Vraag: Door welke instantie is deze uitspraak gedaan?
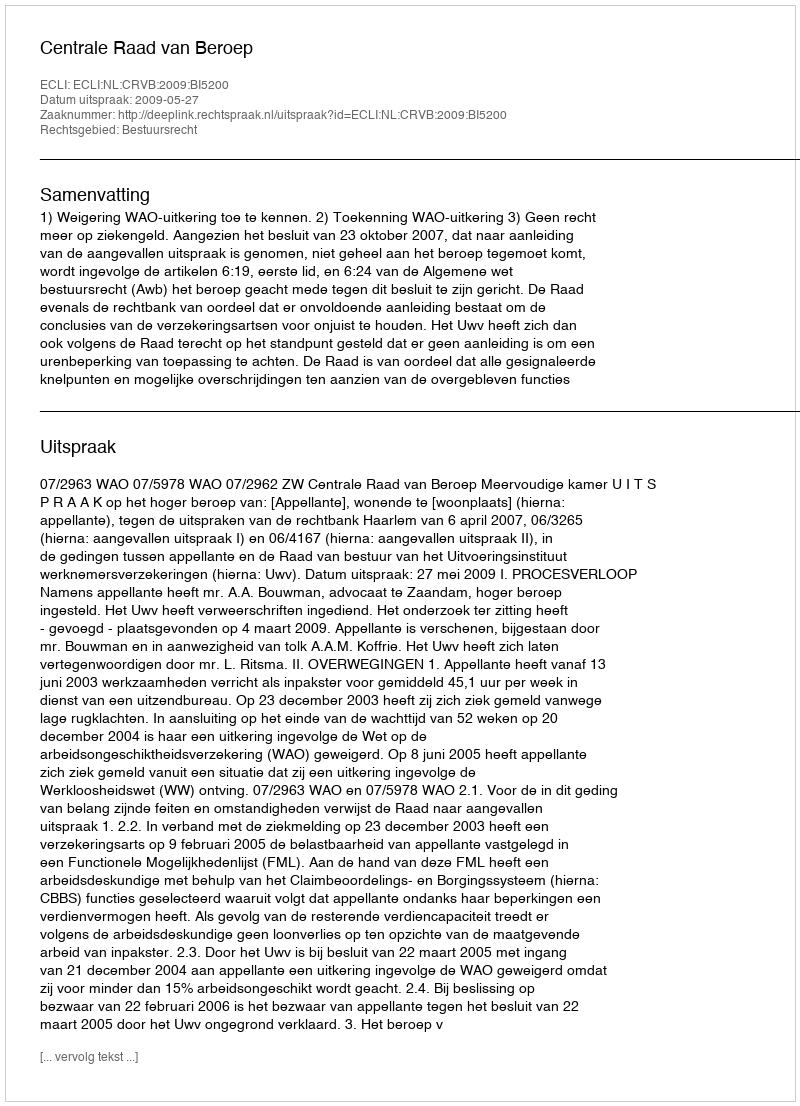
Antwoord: Centrale Raad van Beroep